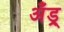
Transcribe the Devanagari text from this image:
अँड्र्